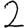
Digit: 2